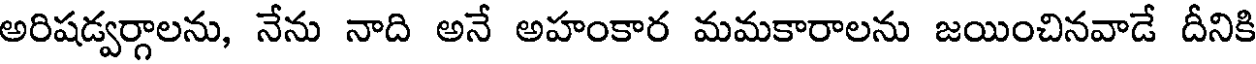
అరిషడ్వర్గాలను, నేను నాది అనే అహంకార మమకారాలను జయించినవాడే దీనికి